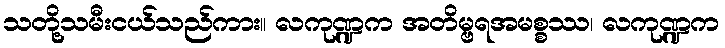
သတို့သမီးငယ်သည်ကား။ လကုဏ္ဍက အတိမ္ဗရအမစ္စဿ၊ လကုဏ္ဍက